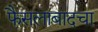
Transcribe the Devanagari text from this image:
फैसलाबादचा